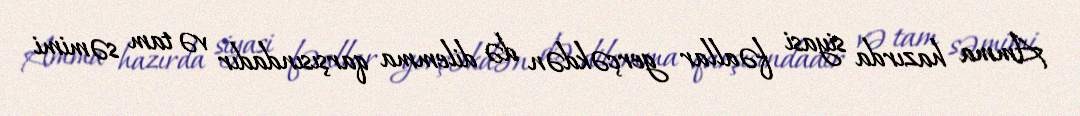
Amma hazırda siyasi fəallar gerçəkdən də dilemma qarşısındadır və tam səmimi